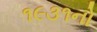
૧૯૩૧નો